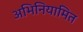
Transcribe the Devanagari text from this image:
अभिनियामित